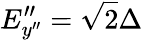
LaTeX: E_{y^{\prime\prime}}^{\prime\prime}=\sqrt{2}\Delta